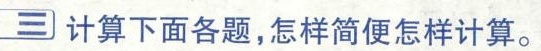
三 计算下面各题，怎样简便怎样计算。